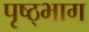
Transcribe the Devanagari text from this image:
पृष्ठ्भाग